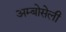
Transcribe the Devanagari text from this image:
अम्बोसेली